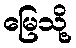
မြေသို့